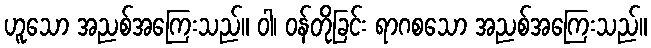
ဟူသော အညစ်အကြေးသည်။ ဝါ၊ ဝန်တိုခြင်း ရာဂစသော အညစ်အကြေးသည်။